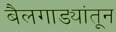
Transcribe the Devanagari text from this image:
बैलगाड्यांतून